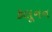
કલૂનન